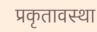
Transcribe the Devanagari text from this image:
प्रकृतावस्था